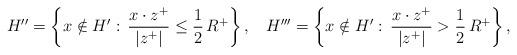
LaTeX: \begin{align*}H''= \bigg\{ x \notin H' :\, \frac{x\cdot z^+}{|z^+|} \leq \frac 12 \, R^+\bigg\}\,, && H'''= \bigg\{ x \notin H' :\, \frac{x\cdot z^+}{|z^+|} > \frac 12 \, R^+\bigg\}\,,\end{align*}